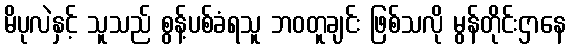
မိပုလဲနှင့် သူသည် စွန့်ပစ်ခံရသူ ဘဝတူချင်း ဖြစ်သလို မွန်တိုင်းဌာနေ